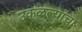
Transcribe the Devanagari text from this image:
उकळल्याचा